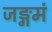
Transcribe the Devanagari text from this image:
जङ्गमं